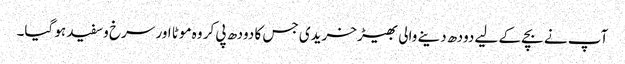
آپ نے بچے کے لیے دودھ دینے والی بھیڑ خریدی جس کا دودھ پی کر وہ موٹا اور سرخ وسفید ہو گیا۔